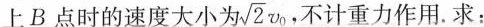
上B点时的速度大小为\sqrt{2}v_{0}，不计重力作用.求：